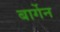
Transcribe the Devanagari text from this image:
बार्गेन